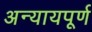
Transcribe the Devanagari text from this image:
अन्‍यायपूर्ण